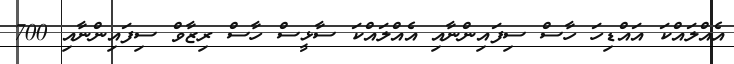
އެއްލައްކަ އައްޑިހަ ހާސް ސިފައިންނާއި އެއްލައްކަ ސާޅީސް ހާސް ރިޒާވް ސިފައިންނާއި 700